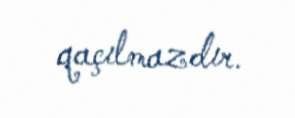
qaçılmazdır.